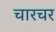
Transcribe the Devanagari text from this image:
चारचर